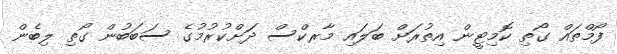
ފޯމްތައް ގޯތި ކޮމިޓީން އިތުރަށް ބަލައި މާރކްސް ދަށްކުރުމުގެ ސަބަބުން ގޯތި ލިބެން